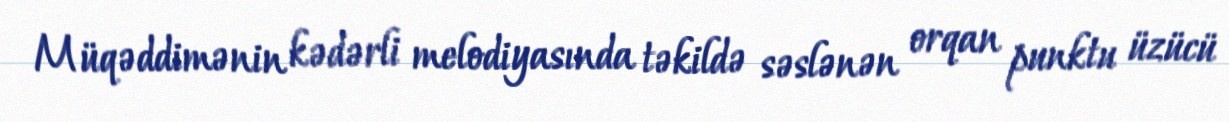
Müqəddimənin kədərli melodiyasında təkildə səslənən orqan punktu üzücü